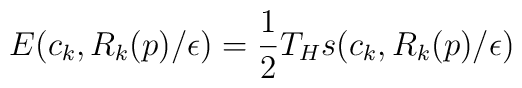
E(c_k,R_k(p)/\epsilon)=\frac 12 T_H s(c_k,R_k(p)/\epsilon)~~